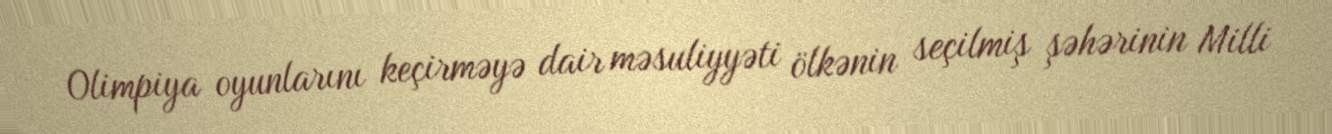
Olimpiya oyunlarını keçirməyə dair məsuliyyəti ölkənin seçilmiş şəhərinin Milli